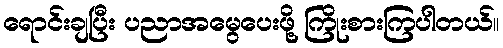
ရောင်းချပြီး ပညာအမွေပေးဖို့ ကြိုးစားကြပါတယ်။